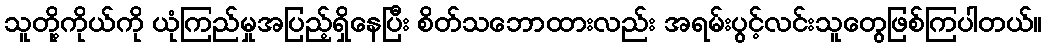
သူတို့ကိုယ်ကို ယုံကြည်မှုအပြည့်ရှိနေပြီး စိတ်သဘောထားလည်း အရမ်းပွင့်လင်းသူတွေဖြစ်ကြပါတယ်။